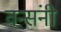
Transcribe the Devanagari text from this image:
वन्संनी